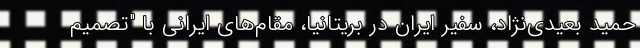
حمید بعیدی‌نژاد، سفیر ایران در بریتانیا، مقام‌های ایرانی با "تصمیم